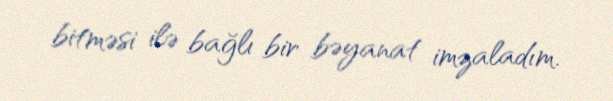
bitməsi ilə bağlı bir bəyanat imzaladım.